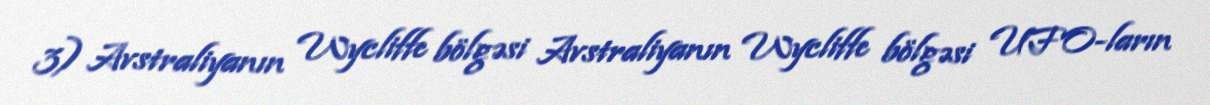
3) Avstraliyanın Wycliffe bölgəsi Avstraliyanın Wycliffe bölgəsi UFO-ların